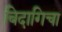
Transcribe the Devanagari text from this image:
बिदागिचा